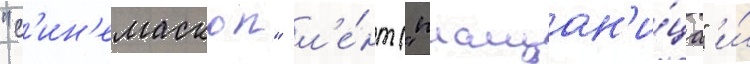
"с'ин'емаскоп" л'е́нт ("плащан'и́ца" и́